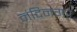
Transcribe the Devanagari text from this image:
नंदिनगर